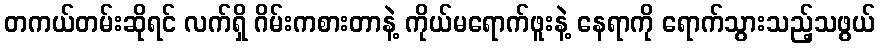
တကယ်တမ်းဆိုရင် လက်ရှိ ဂိမ်းကစားတာနဲ့ ကိုယ်မရောက်ဖူးနဲ့ နေရာကို ရောက်သွားသည့်သဖွယ်